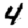
Digit: 4